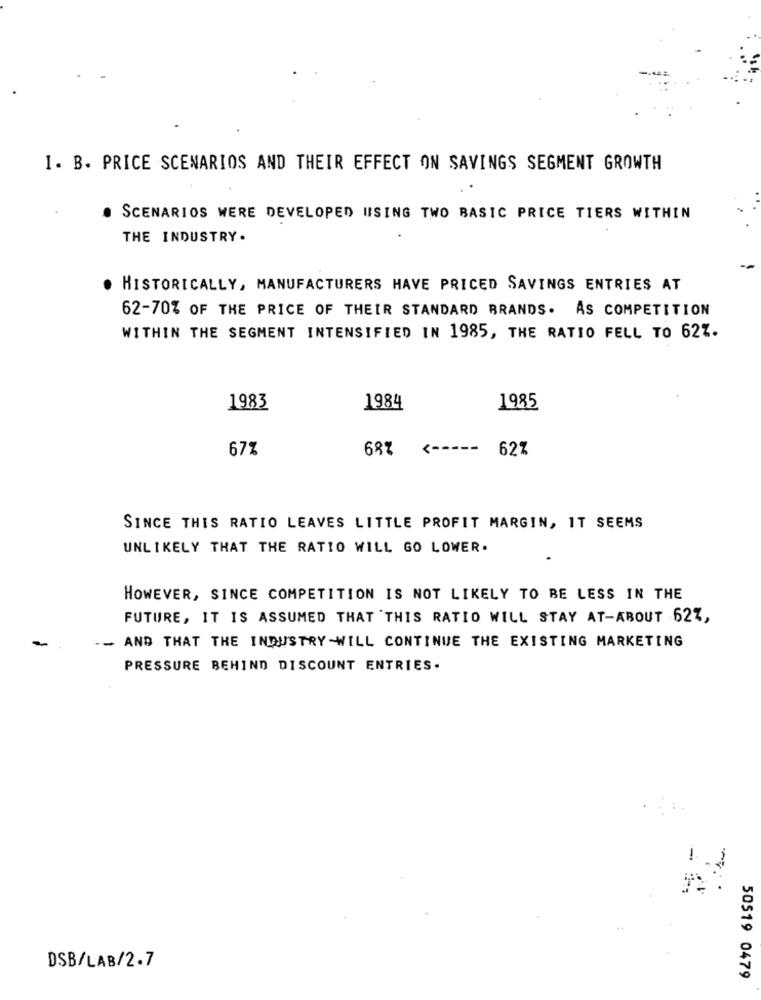
1. B. PRICE SCENARIOS AND THEIR EFFECT ON SAVINGS SEGMENT GROWTH
SCENARIOS WERE DEVELOPED HISING TWO BASIC PRICE TIERS WITHIN
THE INDUSTRY.
HISTORICALLY, MANUFACTURERS HAVE PRICED SAVINGS ENTRIES AT
62-70% OF THE PRICE OF THEIR STANDARD BRANDS. AS COMPETITION
WITHIN THE SEGMENT INTENSIFIED IN 1985, THE RATIO FELL TO 627.
1983
1984
1985
67%
68%
<-----
62%
SINCE THIS RATIO LEAVES LITTLE PROFIT MARGIN, IT SEEMS
UNLIKELY THAT THE RATIO WILL GO LOWER.
HOWEVER, SINCE COMPETITION IS NOT LIKELY TO BE LESS IN THE
FUTURE, IT IS ASSUMED THAT THIS RATIO WILL STAY AT-ABOUT 62%,
- AND THAT THE INDUSTRY-WILL CONTINUE THE EXISTING MARKETING
PRESSURE BEHIND DISCOUNT ENTRIES.
DSB/LAB/2.7
50519 0479